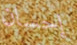
إحسان